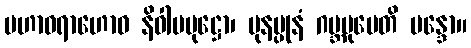
မဟာဝရာဟောဝ နိဝါပပုဋ္ဌော၊ ပုနပ္ပုနံ ဂဗ္ဘမုပေတိ မန္ဒော။